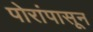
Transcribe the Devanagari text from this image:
पोरांपासून